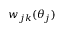
w _ { j k } ( \theta _ { j } )